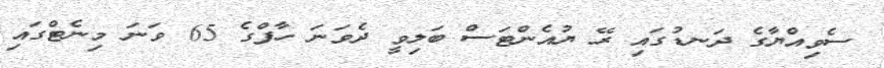
ސެވިއްޔާގެ ދަނޑުގައި ރޭ ޔުއެންޓަސް ބަލިވީ ދެވަނަ ހާފްގެ 65 ވަނަ މިނެޓްގައި